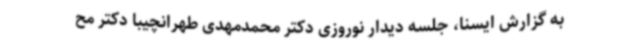
به گزارش ایسنا، جلسه دیدار نوروزی دکتر محمدمهدی طهرانچیبا دکتر مح